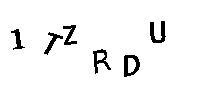
1TZRDU